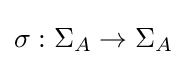
\sigma :\Sigma _{A}\rightarrow \Sigma _{A}